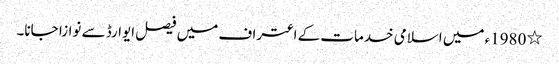
٭ 1980ء میں اسلامی خدمات کے اعتراف میں فیصل ایوارڈ سے نوازا جانا۔